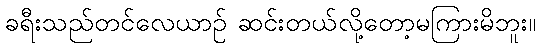
ခရီးသည်တင်လေယာဉ် ဆင်းတယ်လို့တော့မကြားမိဘူး။